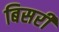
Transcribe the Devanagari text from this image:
बिसरीं